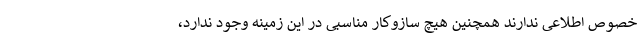
خصوص اطلاعی ندارند همچنین هیچ سازوکار مناسبی در این زمینه وجود ندارد،